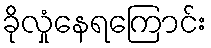
ခိုလှုံနေရကြောင်း